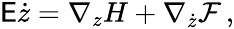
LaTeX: \begin{array}{r}{\mathsf{E}\dot{z}=\nabla_{z}H+\nabla_{\dot{z}}\mathcal{F}\, ,}\end{array}